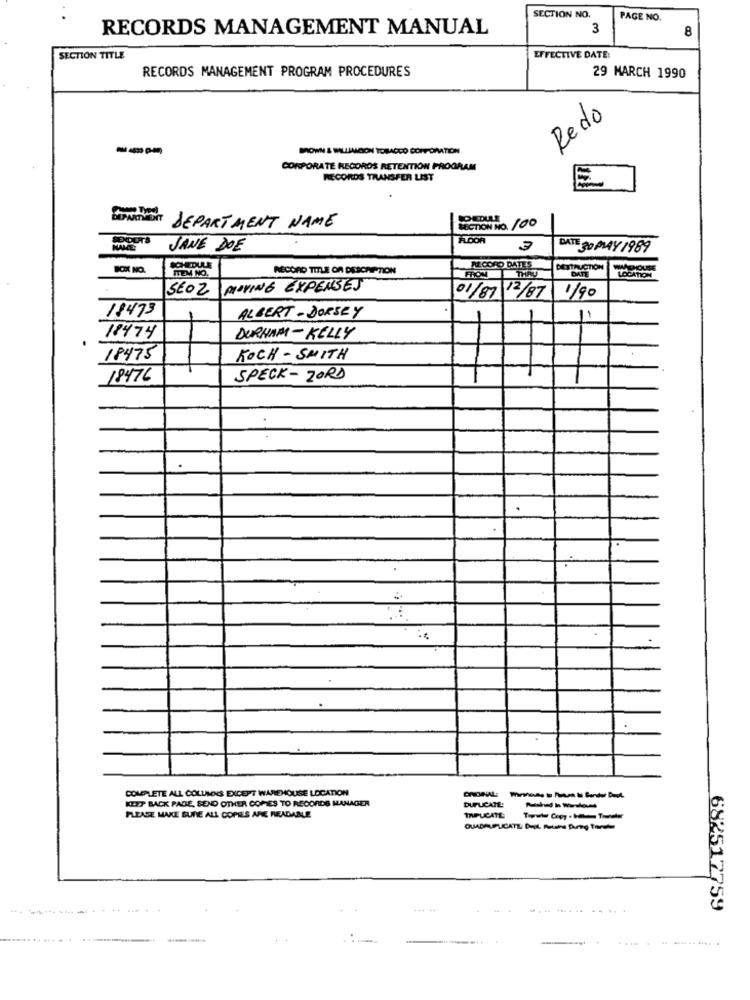
SECTION NO.
PAGE NO.
RECORDS MANAGEMENT MANUAL
3
8
SECTION TITLE
EFFECTIVE DATE:
RECORDS MANAGEMENT PROGRAM PROCEDURES
29 MARCH 1990
Redo
---
TOBACCO CORPORATION
CORPORATE RECORDS RETENTION PROGRAM
RECORDS TRANSFER LIST
NOT DEPARTMENT NAME
SECTION NO. 100
SENDOTS
NAME:
JANE DOE
DATE 30 MAY 1989
BOX NO.
RECORD TITLE OR DESCRIPTION
AL CORO DATES
THAT
DESTRUCTION
DATE
ITEM NO.
LOCATION
SEOZ
MOVING EXPENSES
12/87
1/90
01/87
18473
ALBERT - DORSEY
18474
DURHAM- KELLY
18475
KOCH - SMITH
18476
SPECK- ZORD
COMPLETE ALL COLUMNS EXCEPT WAREHOUSE LOCATION
KEZT BACK PADE, SEND OTHER COMES TO RECORDS MANAGER
DUPLICATE:
PLEASE MAKE SURE ALL COPIES ARE READABLE
MPLCATL
---------
... ++
682517759